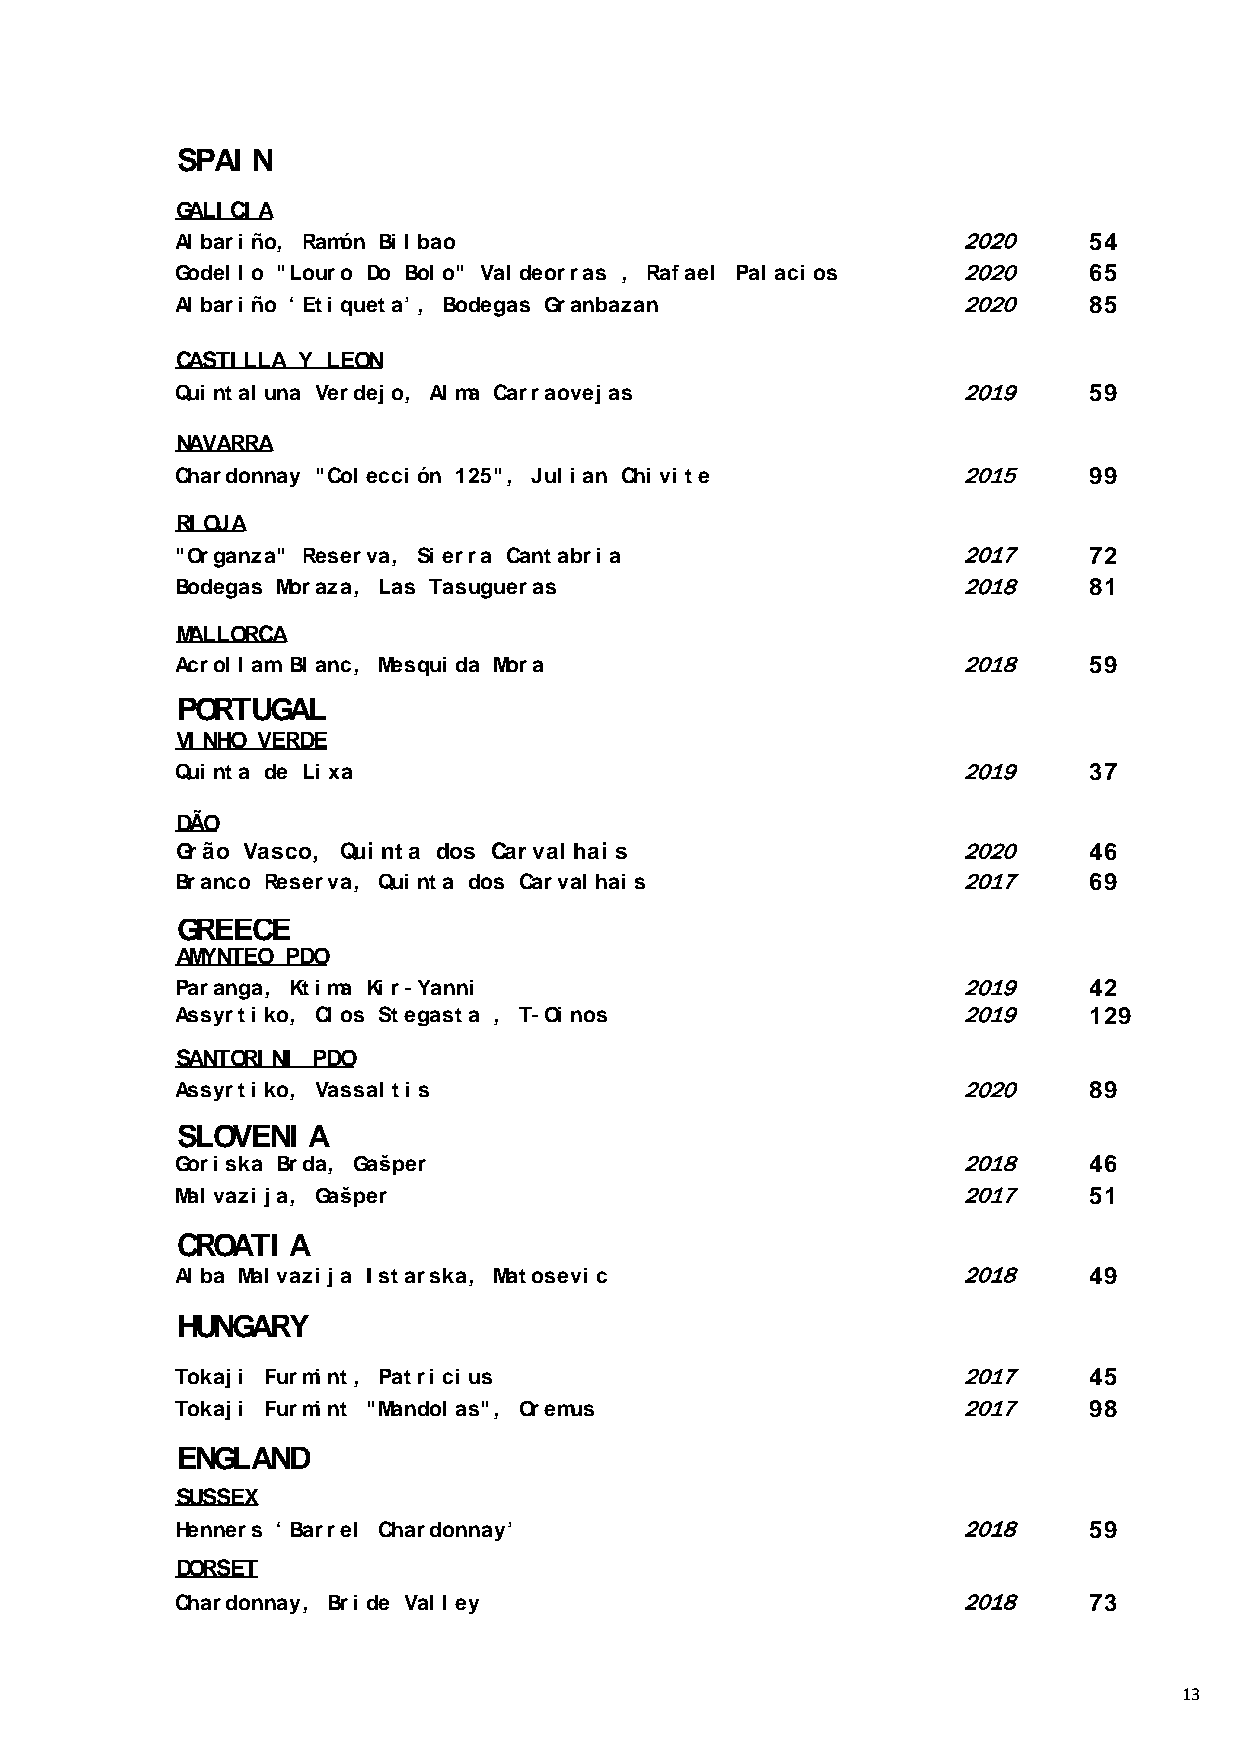
SPAI N
 GALI CI A
 Al bari ño, Ramón Bi l bao                          2020     54
 Godel l o "Louro Do Bol o" Val deorras , Rafael Pal aci os 2020 65
 Al bari ño ‘ Eti queta’ , Bodegas Granbazan         2020     85
 CASTI LLA Y LEON
 Qui ntal una Verdej o, Al ma Carraovej as           2019     59
 NAVARRA
 Chardonnay "Col ecci ón 125", Jul i an Chi vi te    2015     99
 RI OJA
 "Organza" Reserva, Si erra Cantabri a               2017     72
 Bodegas Moraza, Las Tasugueras                      2018     81
 MALLORCA
 Acrol l am Bl anc, Mesqui da Mora                   2018     59
 PORTUGAL
 VI NHO VERDE
 Qui nta de Li xa                                    2019     37
 DÃO
 Grão Vasco, Qui nta dos Carval hai s                2020     46
 Branco Reserva, Qui nta dos Carval hai s            2017     69
 GREECE
 AMYNTEO PDO
 Paranga, Kti ma Ki r-Yanni                          2019     42
 Assyrti ko, Cl os Stegasta , T-Oi nos               2019     129
 SANTORI NI PDO
 Assyrti ko, Vassal ti s                             2020     89
 SLOVENI  A
 Gori ska Brda, Gašper                               2018     46
 Mal vazi j a, Gašper                                2017     51
 CROATI  A
 Al ba Mal vazi j a I starska, Matosevi c            2018     49
 HUNGARY
 Tokaj i Furmi nt, Patri ci us                       2017     45
 Tokaj i Furmi nt "Mandol as", Oremus                2017     98
 ENGLAND
 SUSSEX
 Henners ‘ Barrel Chardonnay’                        2018     59
 DORSET
 Chardonnay, Bri de Val l ey                         2018     73
 13